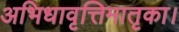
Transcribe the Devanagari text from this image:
अभिधावृत्तिमातृका।